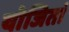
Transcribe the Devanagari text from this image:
योजितां